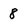
Character: 8